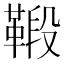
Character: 𩋦